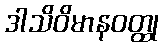
ဒါသိဝိမာနဝတ္ထု